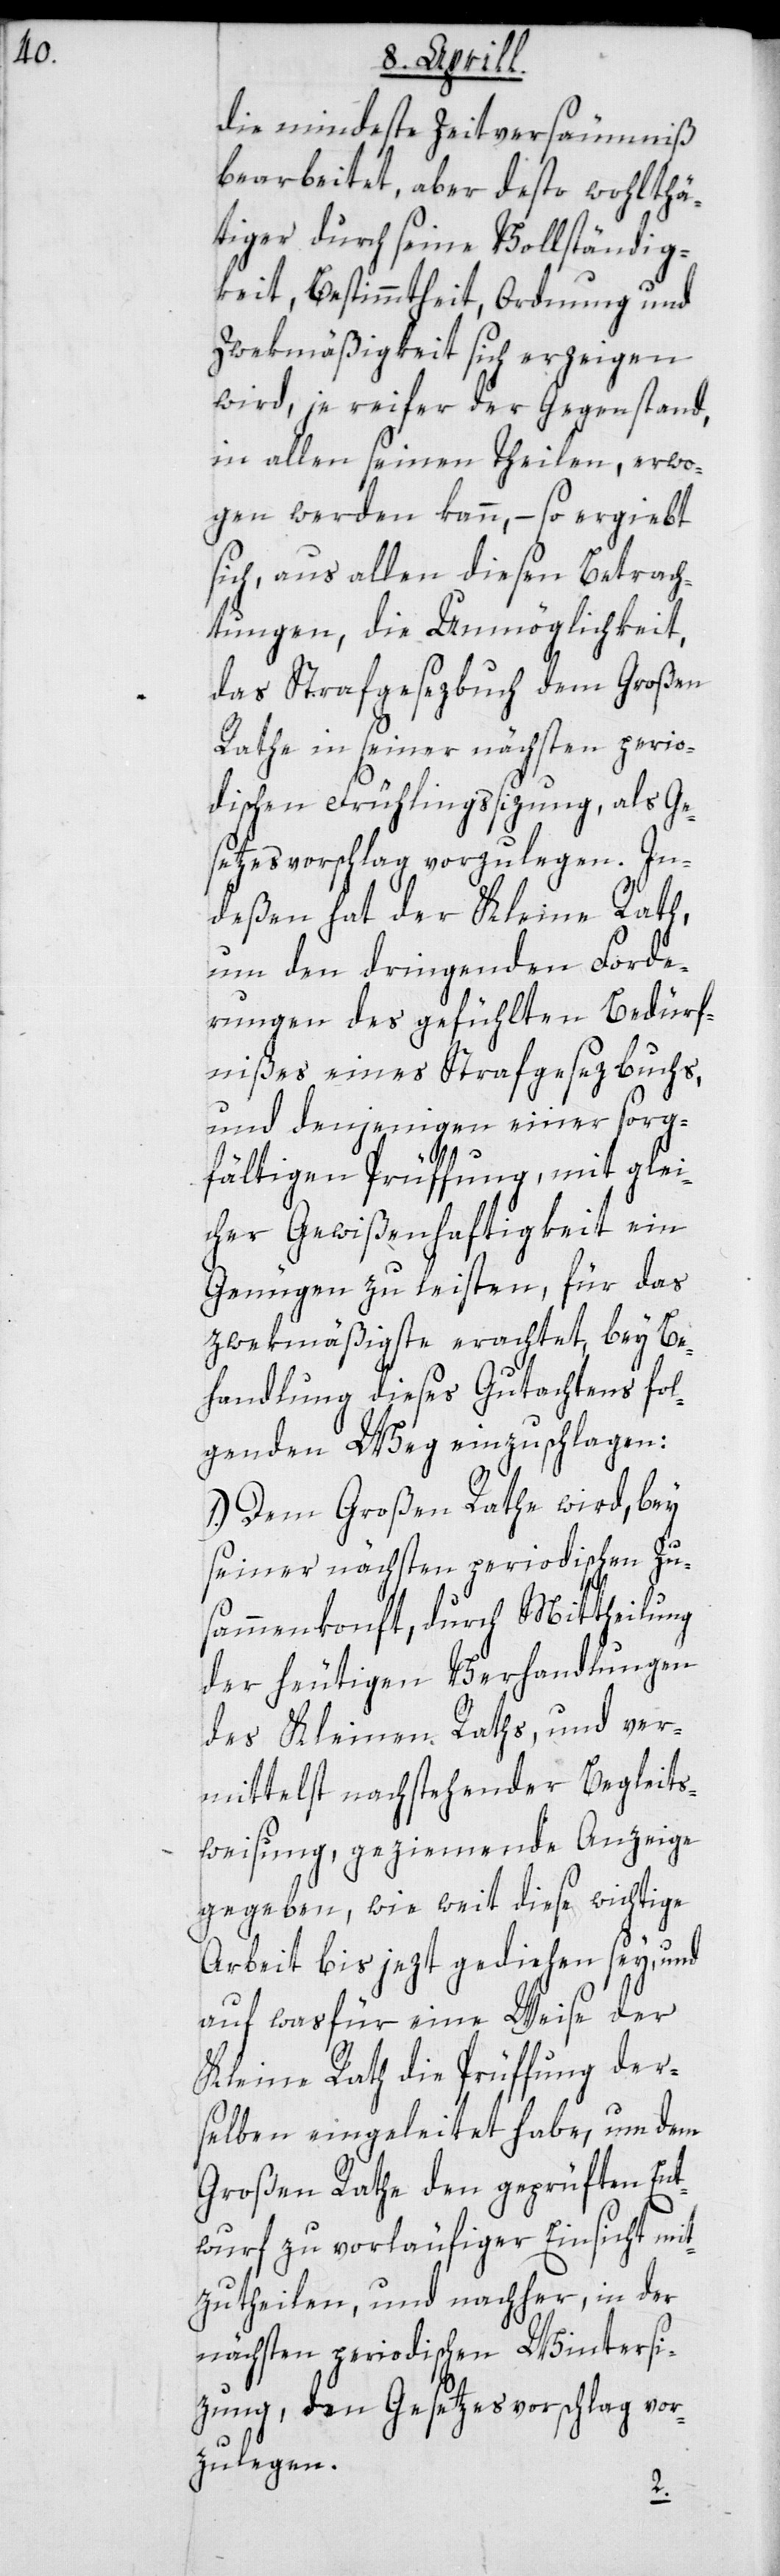
die mindeste Zeitversäumniß
bearbeitet, aber desto wohlthä¬
tiger durch seine Vollständig¬
keit, Bestimmtheit, Ordnung und
Zwekmäßigkeit sich erzeigen
wird, je reifer der Gegenstand,
in allen seinen Theilen, erwo¬
gen werden kann, – so ergiebt
sich aus allen diesen Betrach¬
tungen, die Unmöglichkeit,
das Strafgesezbuch dem Großen
Rathe in seiner nächsten perio¬
dischen Frühlingssizung als Ge¬
setzesvorschlag vorzulegen. In¬
deßen hat der Kleine Rath,
um den dringenden Forde¬
rungen des gefühlten Bedürf¬
nißes eines Strafgesezbuchs,
und denjenigen einer sorg¬
fältigen Prüffung, mit glei¬
cher Gewißenhaftigkeit ein
Genügen zu leisten, für das
zwekmäßigste erachtet, bey Be¬
handlung dieses Gutachtens fol¬
genden Weg einzuschlagen:
1.) Dem Großen Rathe wird, bey
seiner nächsten periodischen Zu¬
sammenkonft, durch Mittheilung
der heutigen Verhandlungen
des Kleinen Raths, und ver¬
mittelst nachstehender Begleits¬
weisung, geziemende Anzeige
gegeben, wie weit diese wichtige
Arbeit bis jetzt gediehen sey, und
auf was für eine Weise der
Kleine Rath die Prüffung der¬
selben eingeleitet habe, um dem
Großen Rathe den geprüften Ent¬
wurf zu vorläufiger Einsicht mit¬
zutheilen, und nachher, in der
nächsten periodischen Wintersi¬
zung, den Gesetzesvorschlag vor¬
zulegen.